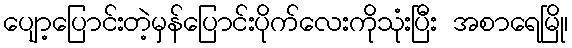
ပျော့ပြောင်းတဲ့မှန်ပြောင်းပိုက်လေးကိုသုံးပြီး အစာရေမြို၊